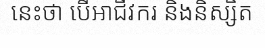
នេះថា បើអាជីវករ និងនិស្សិត